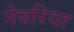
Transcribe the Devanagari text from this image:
नेवरिया